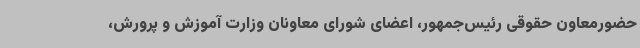
حضورمعاون حقوقی رئیس‌جمهور، اعضای شورای معاونان وزارت آموزش ‌و پرورش،